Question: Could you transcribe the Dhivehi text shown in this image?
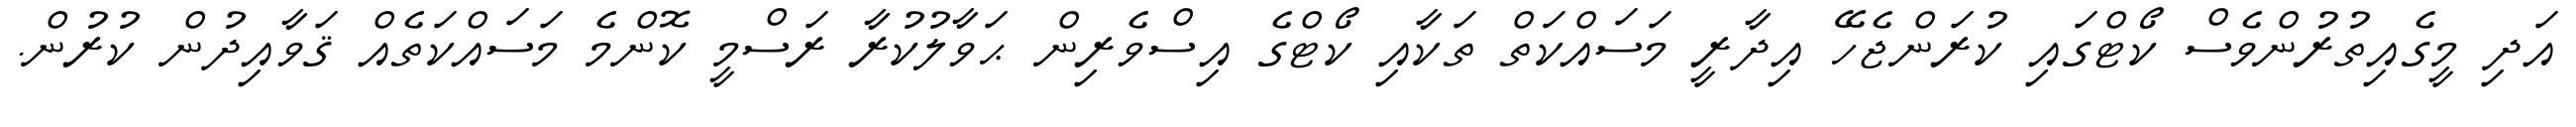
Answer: އަދި މީގެއިތުރުންވެސް ކޯޓްގައި ކުރަންޖެހޭ އިދާރީ މަސައްކަތް ތަކާއި ކޯޓްގެ އިސްވެރިން ޙަވާލުކުރާ ރަސްމީ ކޮންމެ މަސައްކަތެއް ޤަވާއިދުން ކުރުން.